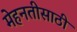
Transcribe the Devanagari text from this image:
मेहनतीसाठी